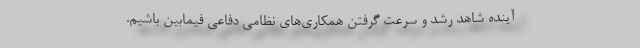
آینده شاهد رشد و سرعت گرفتن همکاری‌های نظامی دفاعی فیمابین باشیم.